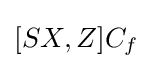
[SX,Z]C_{f}